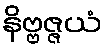
နိဗ္ဗဇ္ဇယံ